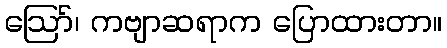
ဪ၊ ကဗျာဆရာက ပြောထားတာ။